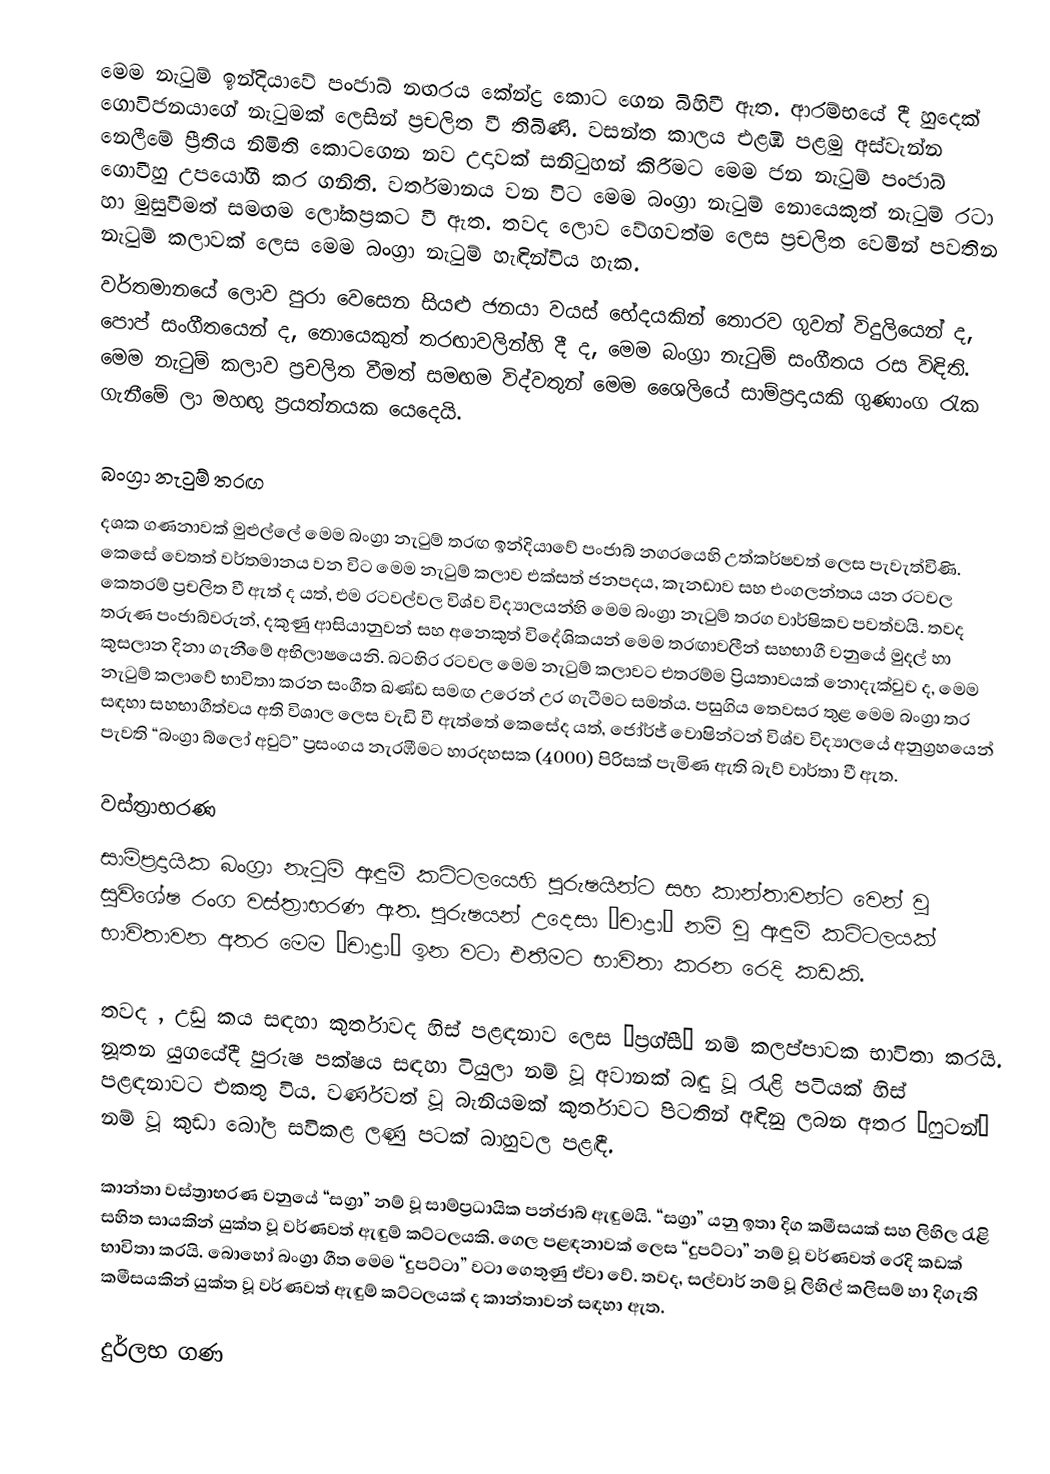
මෙම නැටුම් ඉන්දියාවේ පංජාබ් නඟරය කේන්ද්‍ර කොට ගෙන බිහිවී ඇත. ආරම්භයේ දී හුදෙක් ගොවිජනයාගේ නැටුමක් ලෙසින් ප්‍රචලිත වී තිබිණි. වසන්ත කාලය එළඹී පළමු අස්වැන්න නෙලීමේ ප්‍රීතිය නිමිති කොටගෙන නව උදාවක් සනිටුහන් කිරීමට මෙම ජන නැටුම් පංජාබ් ගොවීහු උපයෝගී කර ගනිති. වර්තමානය වන විට මෙම බංග්‍රා නැටුම් නොයෙකුත් නැටුම් රටා හා මුසුවීමත් සමඟම ලෝකප්‍රකට වී ඇත. තවද ලොව වේගවත්ම ලෙස ප්‍රචලිත වෙමින් පවතින නැටුම් කලාවක් ලෙස මෙම බංග්‍රා නැටුම් හැඳින්විය හැක.
වර්තමානයේ ලොව පුරා වෙසෙන සියළු ජනයා වයස් භේදයකින් තොරව ගුවන් විදුලියෙන් ද, පොප් සංගීතයෙන් ද, නොයෙකුත් තරඟාවලින්හි දී ද, මෙම බංග්‍රා නැටුම් සංගීතය රස විඳිති. මෙම නැටුම් කලාව ප්‍රචලිත වීමත් සමඟම විද්වතුන් මෙම ශෛලියේ සාම්ප්‍රදායකි ගුණාංග රැක ගැනීමේ ලා මහඟු ප්‍රයත්නයක යෙදෙයි.

බංග්‍රා නැටුම් තරඟ
දශක ගණනාවක් මුළුල්ලේ මෙම බංග්‍රා නැටුම් තරඟ ඉන්දියාවේ පංජාබ් නගරයෙහි උත්කර්ෂවත් ලෙස පැවැත්විණි. කෙසේ වෙතත් වර්තමානය වන විට මෙම නැටුම් කලාව එක්සත් ජනපදය, කැනඩාව සහ එංගලන්තය යන රටවල  කෙතරම් ප්‍රචලිත වී ඇත් ද යත්, එම රටවල්වල විශ්ව විද්‍යාලයන්හි මෙම බංග්‍රා නැටුම් තරග වාර්ෂිකව පවත්වයි. තවද තරුණ පංජාබ්වරුන්, දකුණු ආසියානුවන් සහ අනෙකුත් විදේශිකයන් මෙම තරඟාවලීන් සහභාගී වනුයේ මුදල් හා කුසලාන දිනා ගැනීමේ අභිලාෂයෙනි. බටහිර රටවල මෙම නැටුම් කලාවට එතරම්ම ප්‍රියතාවයක් නොදැක්වුව ද, මෙම නැටුම් කලාවේ භාවිතා කරන සංගීත ඛණ්ඩ සමඟ උරෙන් උර ගැටීමට සමත්ය. පසුගිය තෙවසර තුළ මෙම බංග්‍රා තර සඳහා සහභාගීත්වය අති විශාල ලෙස වැඩි වී ඇත්තේ කෙසේද යත්, ජෝර්ජ් වොෂින්ටන් විශ්ව විද්‍යාලයේ අනුග්‍රහයෙන් පැවති  “බංග්‍රා බ්ලෝ අවුට්” ප්‍රසංගය නැරඹීමට හාරදහසක (4000) පිරිසක් පැමිණ ඇති බැව් වාර්තා වී ඇත.

වස්ත්‍රාභරණ
සාම්ප්‍රදායික බංග්‍රා නැටුම් ඇඳුම් කට්ටලයෙහි පුරුෂයින්ට සහ කාන්තාවන්ට වෙන් වූ සුවිශේෂ රංග වස්ත්‍රාභරණ ඇත. පුරුෂයන් උදෙසා “චාද්‍රා” නම් වූ ඇඳුම් කට්ටලයක් භාවිතාවන අතර මෙම “චාද්‍රා” ඉන වටා එතීමට භාවිතා කරන රෙදි කඩකි.

තවද , උඩු කය සඳහා කුර්තාවද හිස් පළඳනාව ලෙස “ප්‍රග්සී” නම් කලප්පාවක භාවිතා කරයි. නූතන යුගයේදී පුරුෂ පක්ෂය සඳහා ටියුලා නම් වූ අවානක් බඳු වූ රැළි පටියක් හිස් පළඳනාවට එකතු විය. වර්ණවත් වූ බැනියමක් කුර්තාවට පිටතින් අඳිනු ලබන අතර “ෆුටන්” නම් වූ කුඩා බෝල සවිකළ ලණු පටක් බාහුවල පළඳී.

කාන්තා වස්ත්‍රාභරණ වනුයේ “සග්‍රා” නම් වූ සාම්ප්‍රධායික පන්ජාබ් ඇඳුමයි. “සග්‍රා” යනු ඉතා දිග කමීසයක් සහ ලිහිල රැළි සහිත සායකින් යුක්ත වූ වර්ණවත් ඇඳුම් කට්ටලයකි. ගෙල පළඳනාවක් ලෙස “දුපට්ටා” නම් වූ වර්ණවත් රෙදි කඩක් භාවිතා කරයි. බොහෝ බංග්‍රා ගීත මෙම “දුපට්ටා” වටා ගෙතුණු ඒවා වේ. තවද, සල්වාර් නම් වූ ලිහිල් කලිසම් හා දිගැති කමීසයකින් යුක්ත වූ වර්ණවත් ඇඳුම් කට්ටලයක් ද කාන්තාවන් සඳහා ඇත.

දුර්ලභ ගණ